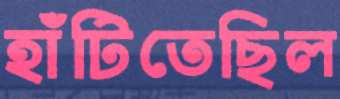
হাঁটিতেছিল